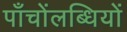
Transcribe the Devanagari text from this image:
पाँचोंलब्धियों